Sketch of the medical history of the native army of Bombay, for the year
Year: 1870
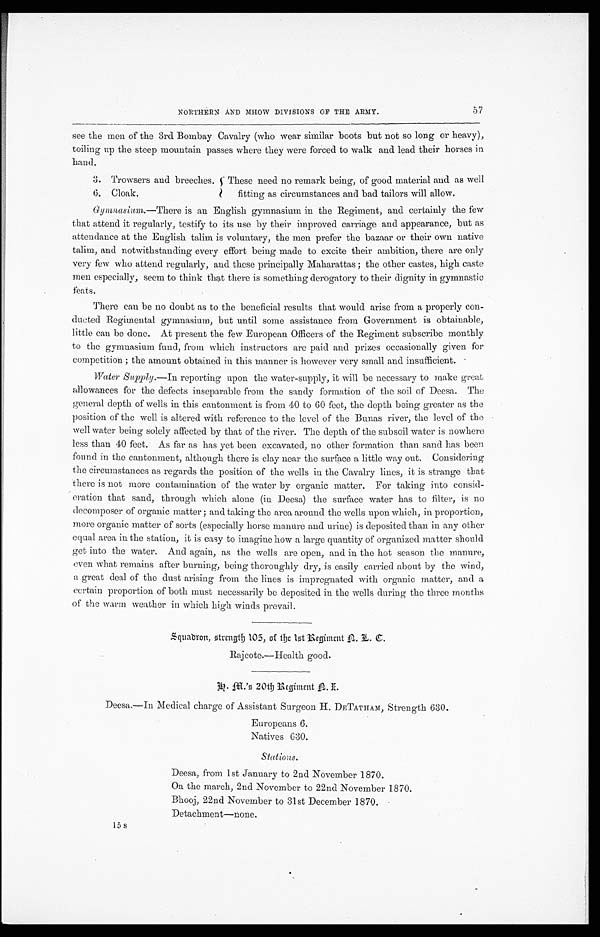
NORTHERN AND MHOW DIVISIONS OF THE ARMY.
see the men of the 3rd Bombay Cavalry (who wear similar boots but not so long or heavy),
toiling up the steep mountain passes where they were forced to walk and lead their horses in
hand.
3. Trowsers and breeches.
6. Cloak.
These need no remark being, of good material and as well
fitting as circumstances and bad tailors will allow.
Gymnasium .—There is an English gymnasium in the Regiment, and certainly the few
that attend it regularly, testify to its use by their improved carriage and appearance, but as
attendance at the English talim is voluntary, the men prefer the bazaar or their own native
talim, and notwithstanding every effort being made to excite their ambition, there are only
very few who attend regularly, and these principally Maharattas; the other castes, high caste
men especially, seem to think that there is something derogatory to their dignity in gymnastic
feats.
There can be no doubt as to the beneficial results that would arise from a properly con
-
ducted Regimental gymnasium, but until some assistance from Government is obtainable,
little can be done. At present the few European Officers of the Regiment subscribe monthly
to the gymnasium fund, from which instructors arc paid and prizes occasionally given for
competition; the amount obtained in this manner is however very small and insufficient.
Water Supply.— In reporting upon the water-supply, it will be necessary to make great
allowances for the defects inseparable from the sandy formation of the soil of Deesa. The
general depth of wells in this cantonment is from 40 to 60 feet, the depth being greater as the
position of the well is altered with reference to the level of the Banns river, the level of the
well water being solely affected by that of the river. The depth of the subsoil water is nowhere
less than 40 feet. As far as has yet been excavated, no other formation than sand has been.
found in the cantonment, although there is clay near the surface a little way out. Considering
the circumstances as regards the position of the wells in the Cavalry lines, it is strange that
there is not more contamination of the water by organic matter. For taking into consid
-
eration that sand, through which alone (in Deesa) the surface water has to filter, is no
decomposer of organic matter; and taking the area around the wells upon which, in proportion,
more organic matter of sorts (especially horse manure and urine) is deposited than in any other
equal area in the station, it is easy to imagine how a large quantity of organized matter should
get into the water. And again, as the wells are open, and in the hot season the manure,
even what remains after burning, being thoroughly dry, is easily carried about by the wind,
a great deal of the dust arising from the lines is impregnated with organic matter, and a
certain proportion of both must necessarily be deposited in the wells during the three months
of the warm weather in which high winds prevail.
S q u a d r o n , s t r e n g t h 1 0 5 , o f t h e 1 s t R e g i m e n t A . L . C .
Rajcote.—Health good.
G . M . ' s 2 O t h R e g i m e n t A . I .
Deesa.—In Medical charge of Assistant Surgeon H. DETATHAM, Strength 630.
Europeans 6.
Natives 630 .
Stations.
Deesa, from 1st January to 2nd November 1870.
On the march, 2nd November to 22nd November 1870.
Bhooj, 22nd November to31stDecember1870.
D e t a c h m e n t — n o n e .
15 s